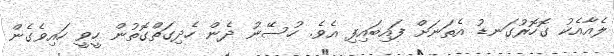
ލެއާއެކު ގޮހޮރުގަނޑު އެތަނަށް ފައިބައިފި އެވެ. ހުސޭނު ދެން ހެދިގަތްގޮތުން ހީވީ ހައިވެގެން